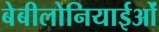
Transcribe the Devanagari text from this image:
बेबीलोनियाईओं